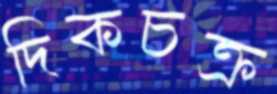
দিকচক্র